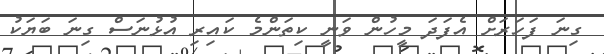
ގިނަ ފަހަރަށް އެފަދަ މީހުން ވަނީ ކިތަންމެ ކައިރި އުޅުނަސް ގިނަ ބަޔަކު